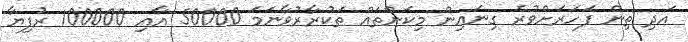
އަދި ތިން ފަހަރަށްވުރެ ގިނައިން މިކަންތައް ތަކުރާރުވާނަމަ 50000 އާއި 100000 ރުފިޔާ